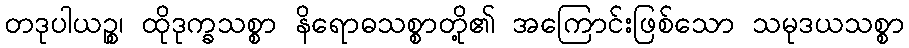
တဒုပါယဉ္စ၊ ထိုဒုက္ခသစ္စာ နိရောဓသစ္စာတို့၏ အကြောင်းဖြစ်သော သမုဒယသစ္စာ